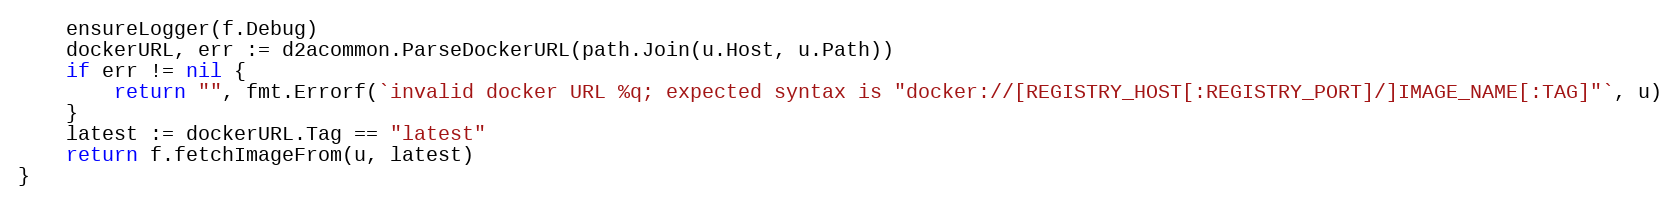
Language: Go
	ensureLogger(f.Debug)
	dockerURL, err := d2acommon.ParseDockerURL(path.Join(u.Host, u.Path))
	if err != nil {
		return "", fmt.Errorf(`invalid docker URL %q; expected syntax is "docker://[REGISTRY_HOST[:REGISTRY_PORT]/]IMAGE_NAME[:TAG]"`, u)
	}
	latest := dockerURL.Tag == "latest"
	return f.fetchImageFrom(u, latest)
}